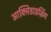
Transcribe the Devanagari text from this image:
आक्सिडाइज़िंग